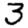
Digit: 3